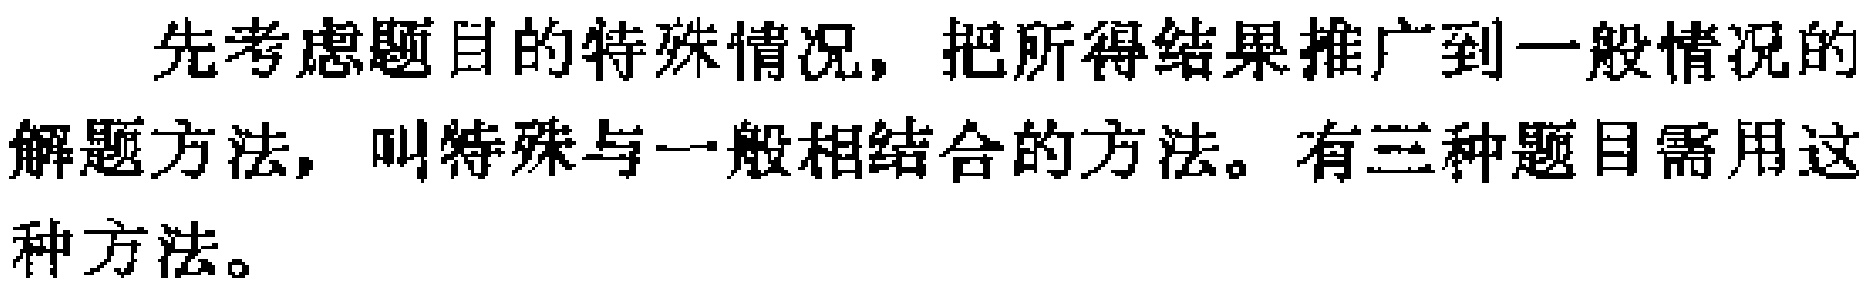
先考虑题目的特殊情况，把所得结果推广到一般情况的解题方法，叫特殊与一般相结合的方法。有三种题目需用这种方法。